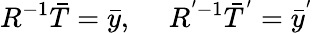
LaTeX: R^{-1}\bar{T}=\bar{y},~~~~~R^{'-1}\bar{T}^{'}=\bar{y}^{'}